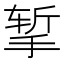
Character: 𪮃